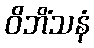
ဝိဘိံသနံ